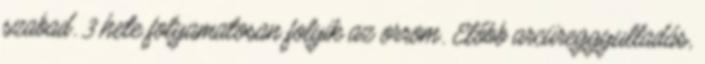
szabad. 3 hete folyamatosan folyik az orrom. Előbb arcüreggyulladás,